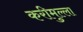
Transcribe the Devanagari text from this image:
करीमुल्ला